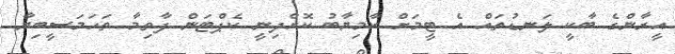
އީރާންގެ ބާކީ ލަނޑުތައް އެ ޓީމަށް ކާމިޔާބު ކޮށްދިނީ ކެޕްޓަން ފާތިމާ ތަހަމަސީބިޔާ